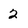
Character: 2